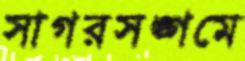
সাগরসঙ্গমে